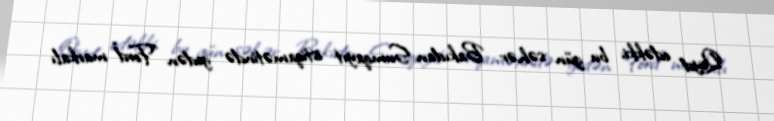
Qeyd edəkki, bu gün səhər Bakıdan Sumqayıt istiqamətində gedən "Ford" markalı